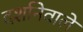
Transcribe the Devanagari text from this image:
दर्शानेवाले